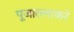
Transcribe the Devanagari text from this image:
पूजारत्नाकरे